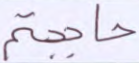
حاججتم